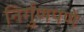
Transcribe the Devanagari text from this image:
निर्गुणपणे